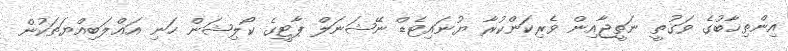
އިންތިޚާބުގެ ވަގުތީ ނަތީޖާއިން ވެރިކަންކުރާ ޔުނައިޓެޑް ނޭޝަނަލް ޕާޓީގެ ކޯލިޝަން ހަނި އަޣްލަބިއްޔަތަކުން